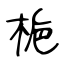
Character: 梔